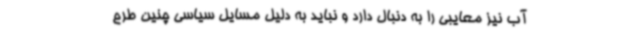
آب نیز معایبی را به دنبال دارد و نباید به دلیل مسایل سیاسی چنین طرح